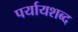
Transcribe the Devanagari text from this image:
पर्यायशब्द